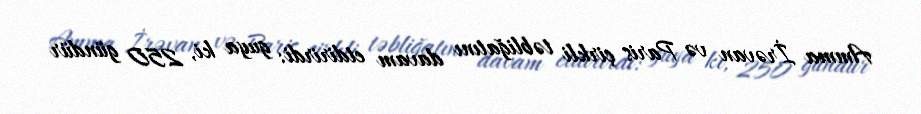
Amma İrəvan və Paris çirkli təbliğatını davam etdirirdi: guya ki, 250 gündür